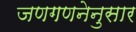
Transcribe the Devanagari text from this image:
जणगणनेनुसार